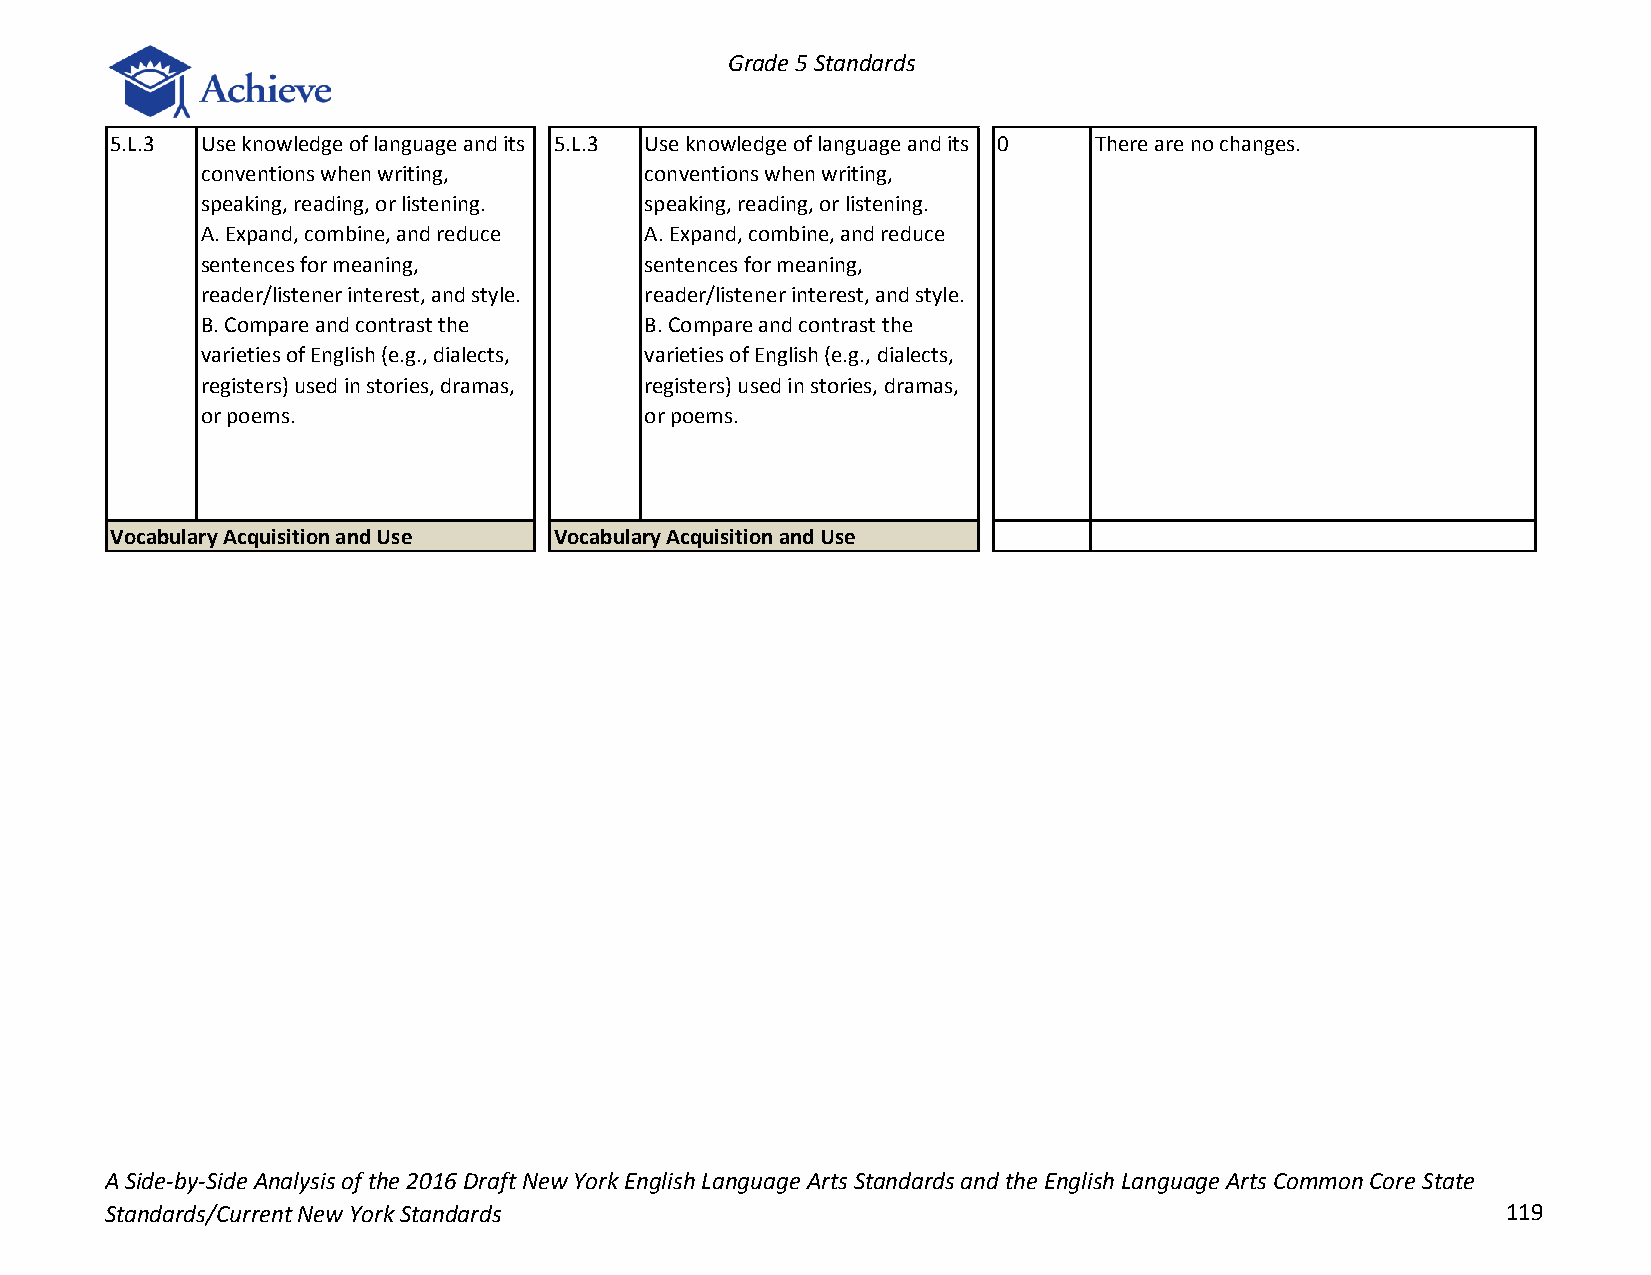
Grade 5 Standards
 5.L.3 Use knowledge of language and its 5.L.3 Use knowledge of language and its 0 There are no changes.
 conventions when writing,     conventions when writing,
 speaking, reading, or listening. speaking, reading, or listening.
 A. Expand, combine, and reduce A. Expand, combine, and reduce
 sentences for meaning,        sentences for meaning,
 reader/listener interest, and style. reader/listener interest, and style.
 B. Compare and contrast the   B. Compare and contrast the
 varieties of English (e.g., dialects, varieties of English (e.g., dialects,
 registers) used in stories, dramas, registers) used in stories, dramas,
 or poems.                     or poems.
 Vocabulary Acquisition and Use Vocabulary Acquisition and Use
 A Side-by-Side Analysis of the 2016 Draft New York English Language Arts Standards and the English Language Arts Common Core State
 Standards/Current New York Standards                                                         119